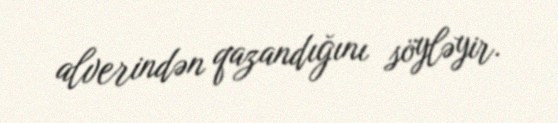
alverindən qazandığını söyləyir.